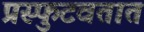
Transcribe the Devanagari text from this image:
प्रस्फुटवतात